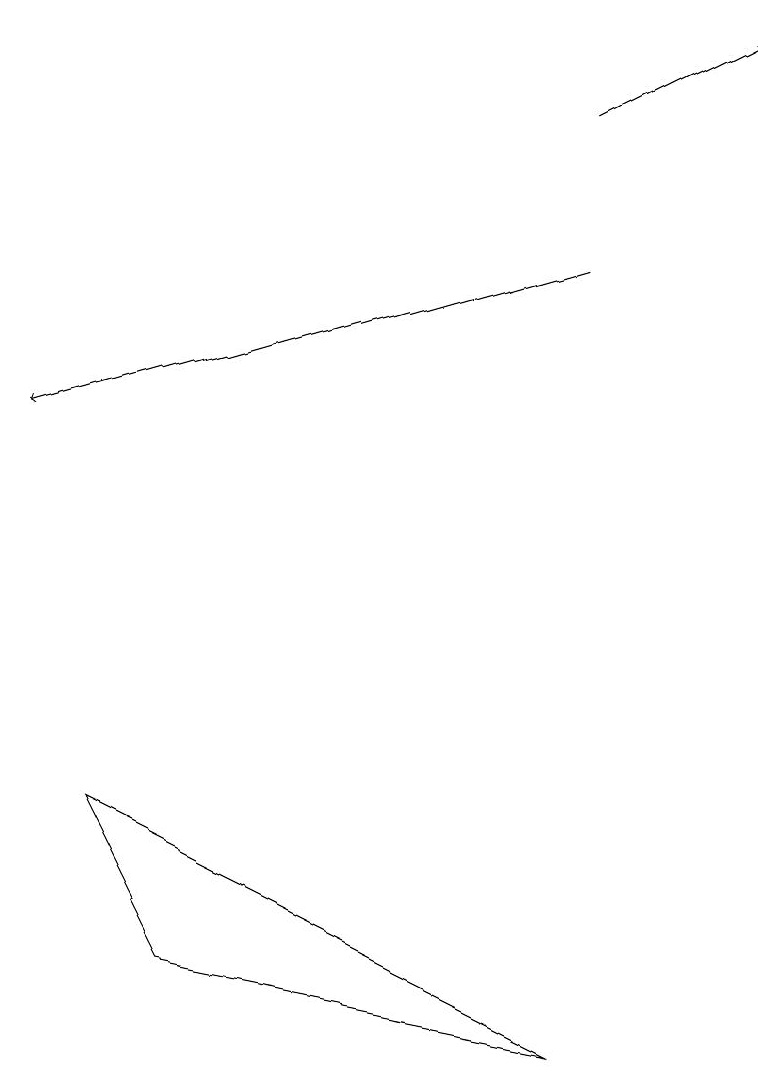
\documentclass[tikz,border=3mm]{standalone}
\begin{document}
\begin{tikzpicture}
\draw[->] (7,16) -- (9,17);
\draw[->] (7,14) -- (0,12);
\draw (7,4) -- (2,5) -- (1,7) -- cycle;
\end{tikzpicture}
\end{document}